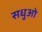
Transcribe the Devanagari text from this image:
सधुओ